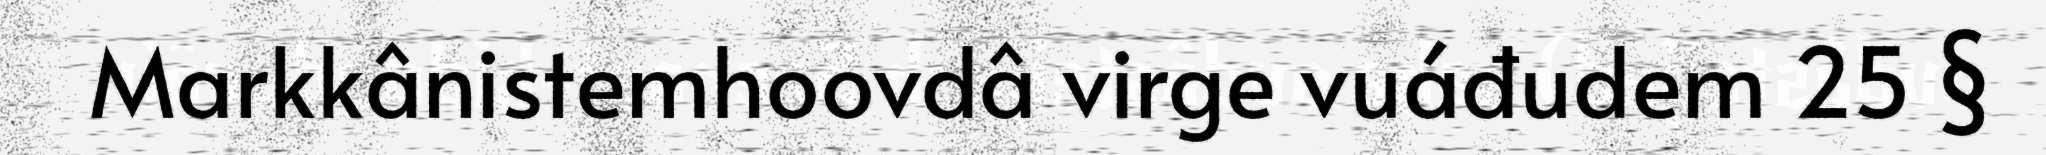
Markkânistemhoovdâ virge vuáđudem 25 §